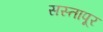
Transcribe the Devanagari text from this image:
सस्तापूर